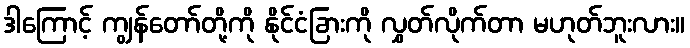
ဒါကြောင့် ကျွန်တော်တို့ကို နိုင်ငံခြားကို လွှတ်လိုက်တာ မဟုတ်ဘူးလား။